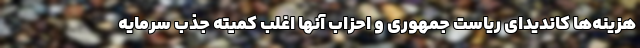
هزینه‌ها کاندیدای ریاست جمهوری و احزاب آنها اغلب کمیته جذب سرمایه